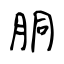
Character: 胴